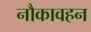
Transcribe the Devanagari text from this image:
नौकावहन